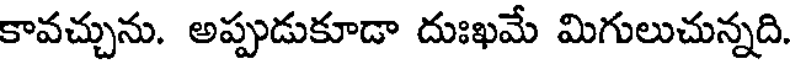
కావచ్చును. అప్పుడుకూడా దుఃఖమే మిగులుచున్నది.